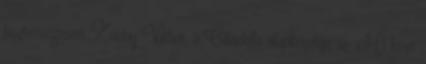
tisztességesen. Zsiday Viktor, a Citadella alapkezelője az. Mi köze